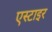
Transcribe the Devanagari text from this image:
एस्टाइर